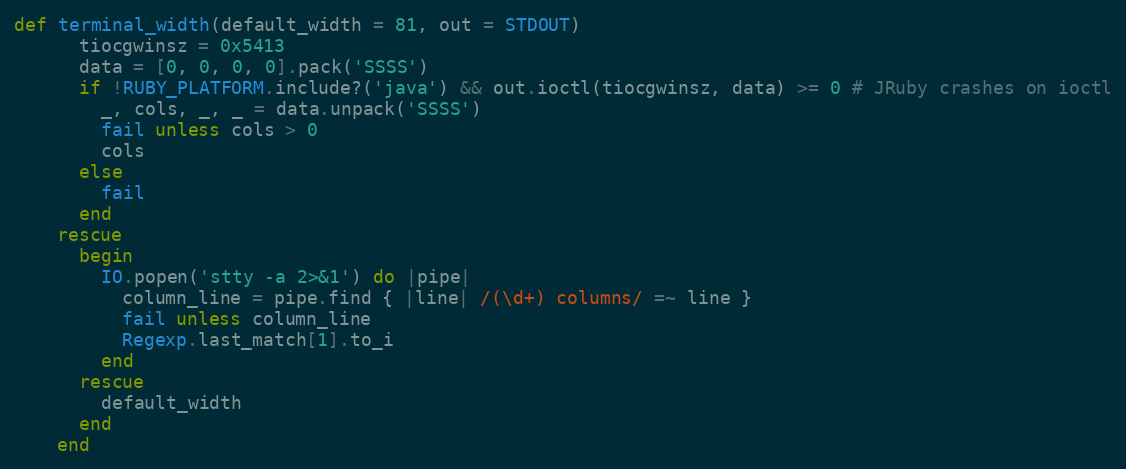
Language: Ruby
def terminal_width(default_width = 81, out = STDOUT)
      tiocgwinsz = 0x5413
      data = [0, 0, 0, 0].pack('SSSS')
      if !RUBY_PLATFORM.include?('java') && out.ioctl(tiocgwinsz, data) >= 0 # JRuby crashes on ioctl
        _, cols, _, _ = data.unpack('SSSS')
        fail unless cols > 0
        cols
      else
        fail
      end
    rescue
      begin
        IO.popen('stty -a 2>&1') do |pipe|
          column_line = pipe.find { |line| /(\d+) columns/ =~ line }
          fail unless column_line
          Regexp.last_match[1].to_i
        end
      rescue
        default_width
      end
    end